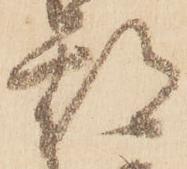
期